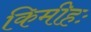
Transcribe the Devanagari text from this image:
किमीहः